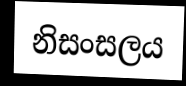
නිසංසලය